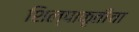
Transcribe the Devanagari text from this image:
शिल्पाकृतीचा